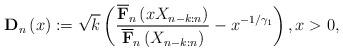
LaTeX: \begin{align*}\mathbf{D}_{n}\left( x\right) :=\sqrt{k}\left( \frac{\overline{\mathbf{F}}_{n}\left( xX_{n-k:n}\right) }{\overline{\mathbf{F}}_{n}\left(X_{n-k:n}\right) }-x^{-1/\gamma _{1}}\right) ,x>0, \end{align*}